Annual report of the Central Committee of the Association together with the report of the directors of the Pasteur Institute at Kasauli
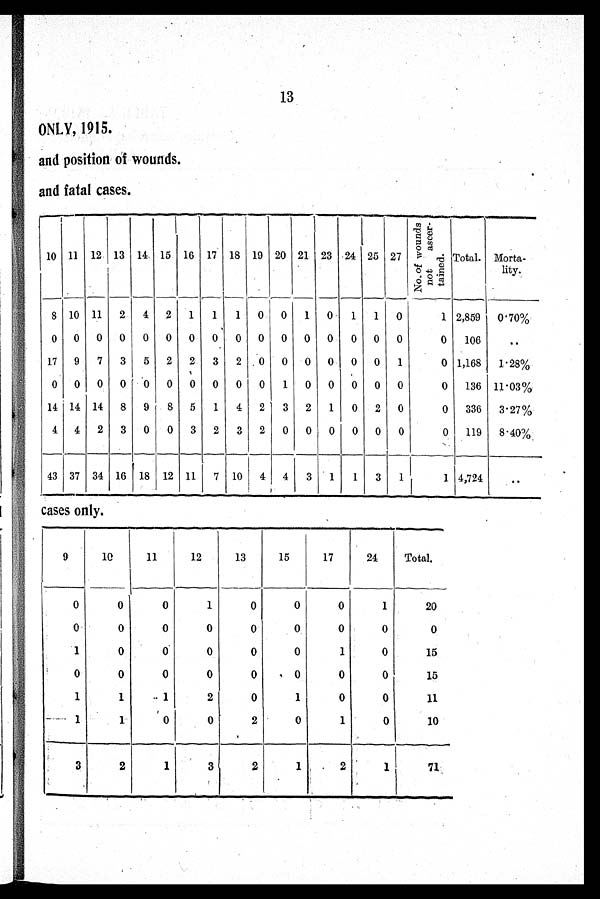
13
ONLY, 1915.
and position of wounds.
and fatal cases.
10 11 12 13 14. 15 16 17 18 19 20 21 23 . 24 25 27
No. of
wounds
not ascer-
tained.
Total. Morta-
lity.
8 10 11
2
4 2 1
1
1 0 0 1 0
1
1 0
1 2,859 0·70%
0 0 0 0 0 0 0 0 0 0 0 0 0 0 0 0
0
106
. .
17 9 7 3
5 2 2
3 2 0 0 0 0 0 0
1
0 1,168 1·28%
0 0 0 0 0 0 0 0 0 0
1 0 0 0 0 0
0 136 11·03%
14 14 14 8 9
8 5
1
4 2
3 2 1
0 2 0
0 336 3·27%
4 4 2 3 0
0 3 2
3 2 0 0 0 0 0 0
0 119 8·40%
43 37 34 16 18 12 11
7 10 4 4
3
1
1
3
1
1 4,724
. .
cases only.
9
10
11
12
13
15
17
24
Total.
0
0
0
1
0
0
0
1
20
0
0
0
0
0
0
0
0
0
1
0
0
0
0
0
1
0
15
0
0
0
0
0
0
0
0
15
1
1
1
2
0
1
0
0
11
1
1
0 0
2
0
1
0
10
3
2
1
3
2
1
2
1
71